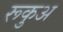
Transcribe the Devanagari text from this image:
रूकुअ